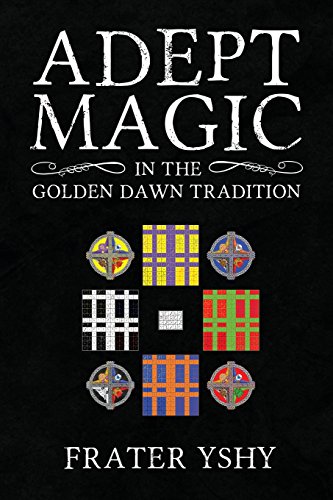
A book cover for Adept Magic in the Golden Dawn Tradition; Frater YShY; Religion & Spirituality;